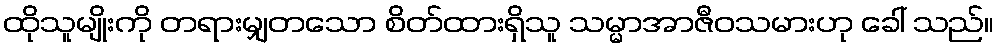
ထိုသူမျိုးကို တရားမျှတသော စိတ်ထားရှိသူ သမ္မာအာဇီဝသမားဟု ခေါ် သည်။